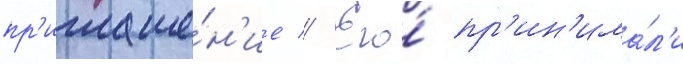
пр'иглаше́н'ие // Его́ пр'ин'има́л'и